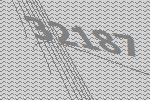
32187